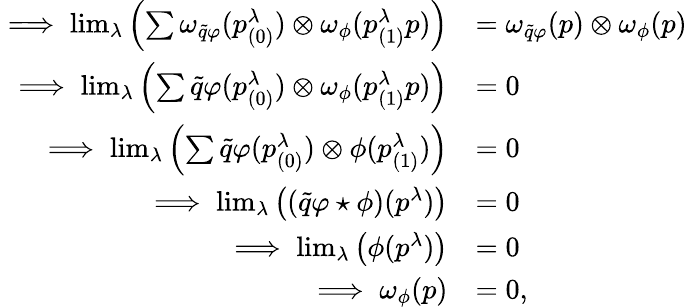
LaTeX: \begin{array}{rl}{\implies\operatorname*{lim}_{\lambda}\left(\sum\omega_{\widetilde{q}\varphi}(p_{(0)}^{\lambda})\otimes\omega_{\phi}(p_{(1)}^{\lambda}p)\right)}&{=\omega_{\widetilde{q}\varphi}(p)\otimes\omega_{\phi}(p)}\\ {\implies\operatorname*{lim}_{\lambda}\left(\sum\widetilde{q}\varphi(p_{(0)}^{\lambda})\otimes\omega_{\phi}(p_{(1)}^{\lambda}p)\right)}&{=0}\\ {\implies\operatorname*{lim}_{\lambda}\left(\sum\widetilde{q}\varphi(p_{(0)}^{\lambda})\otimes\phi(p_{(1)}^{\lambda})\right)}&{=0}\\ {\implies\operatorname*{lim}_{\lambda}\left((\widetilde{q}\varphi\star\phi)(p^{\lambda})\right)}&{=0}\\ {\implies\operatorname*{lim}_{\lambda}\left(\phi(p^{\lambda})\right)}&{=0}\\ {\implies\omega_{\phi}(p)}&{=0,}\end{array}